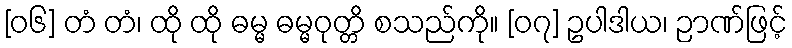
[၀၆] တံ တံ၊ ထို ထို ဓမ္မ ဓမ္မဝုတ္တိ စသည်ကို။ [၀၇] ဥပါဒါယ၊ ဉာဏ်ဖြင့်